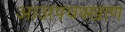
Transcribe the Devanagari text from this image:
आउरपचक्खाण